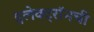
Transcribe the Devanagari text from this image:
इलेक्ट्राॅनची